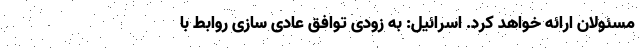
مسئولان ارائه خواهد کرد. اسرائیل: به زودی توافق عادی سازی روابط با